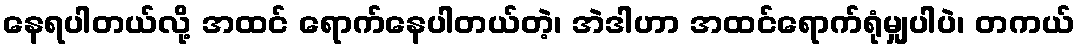
နေရပါတယ်လို့ အထင် ရောက်နေပါတယ်တဲ့၊ အဲဒါဟာ အထင်ရောက်ရုံမျှပါပဲ၊ တကယ်